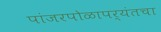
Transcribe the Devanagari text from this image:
पांजरपोळापर्यंतचा